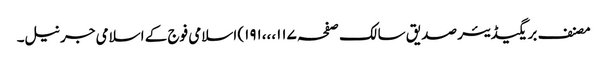
مصنف بریگیڈیئر صدیق سالک صفحہ ۱۱۷،،،۱۹۱) اسلامی فوج کے اسلامی جرنیل۔